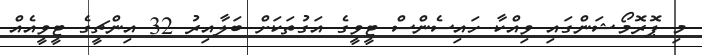
މި ޕޮރޮމޯޝަންގައި ވިއްކާ ހައިސެންސް ޓީވީގެ އަގުތަކަށް ބަލާއިރު 32 އިންޗީގެ ޓީވީއެއް